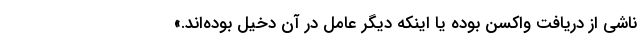
ناشی از دریافت واکسن بوده یا اینکه دیگر عامل در آن دخیل بوده‌اند.»